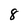
Character: 8